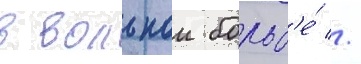
в вольнои борьб'е́ //